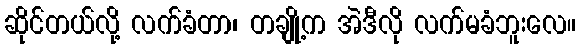
ဆိုင်တယ်လို့ လက်ခံတာ၊ တချို့က အဲဒီလို လက်မခံဘူးလေ။